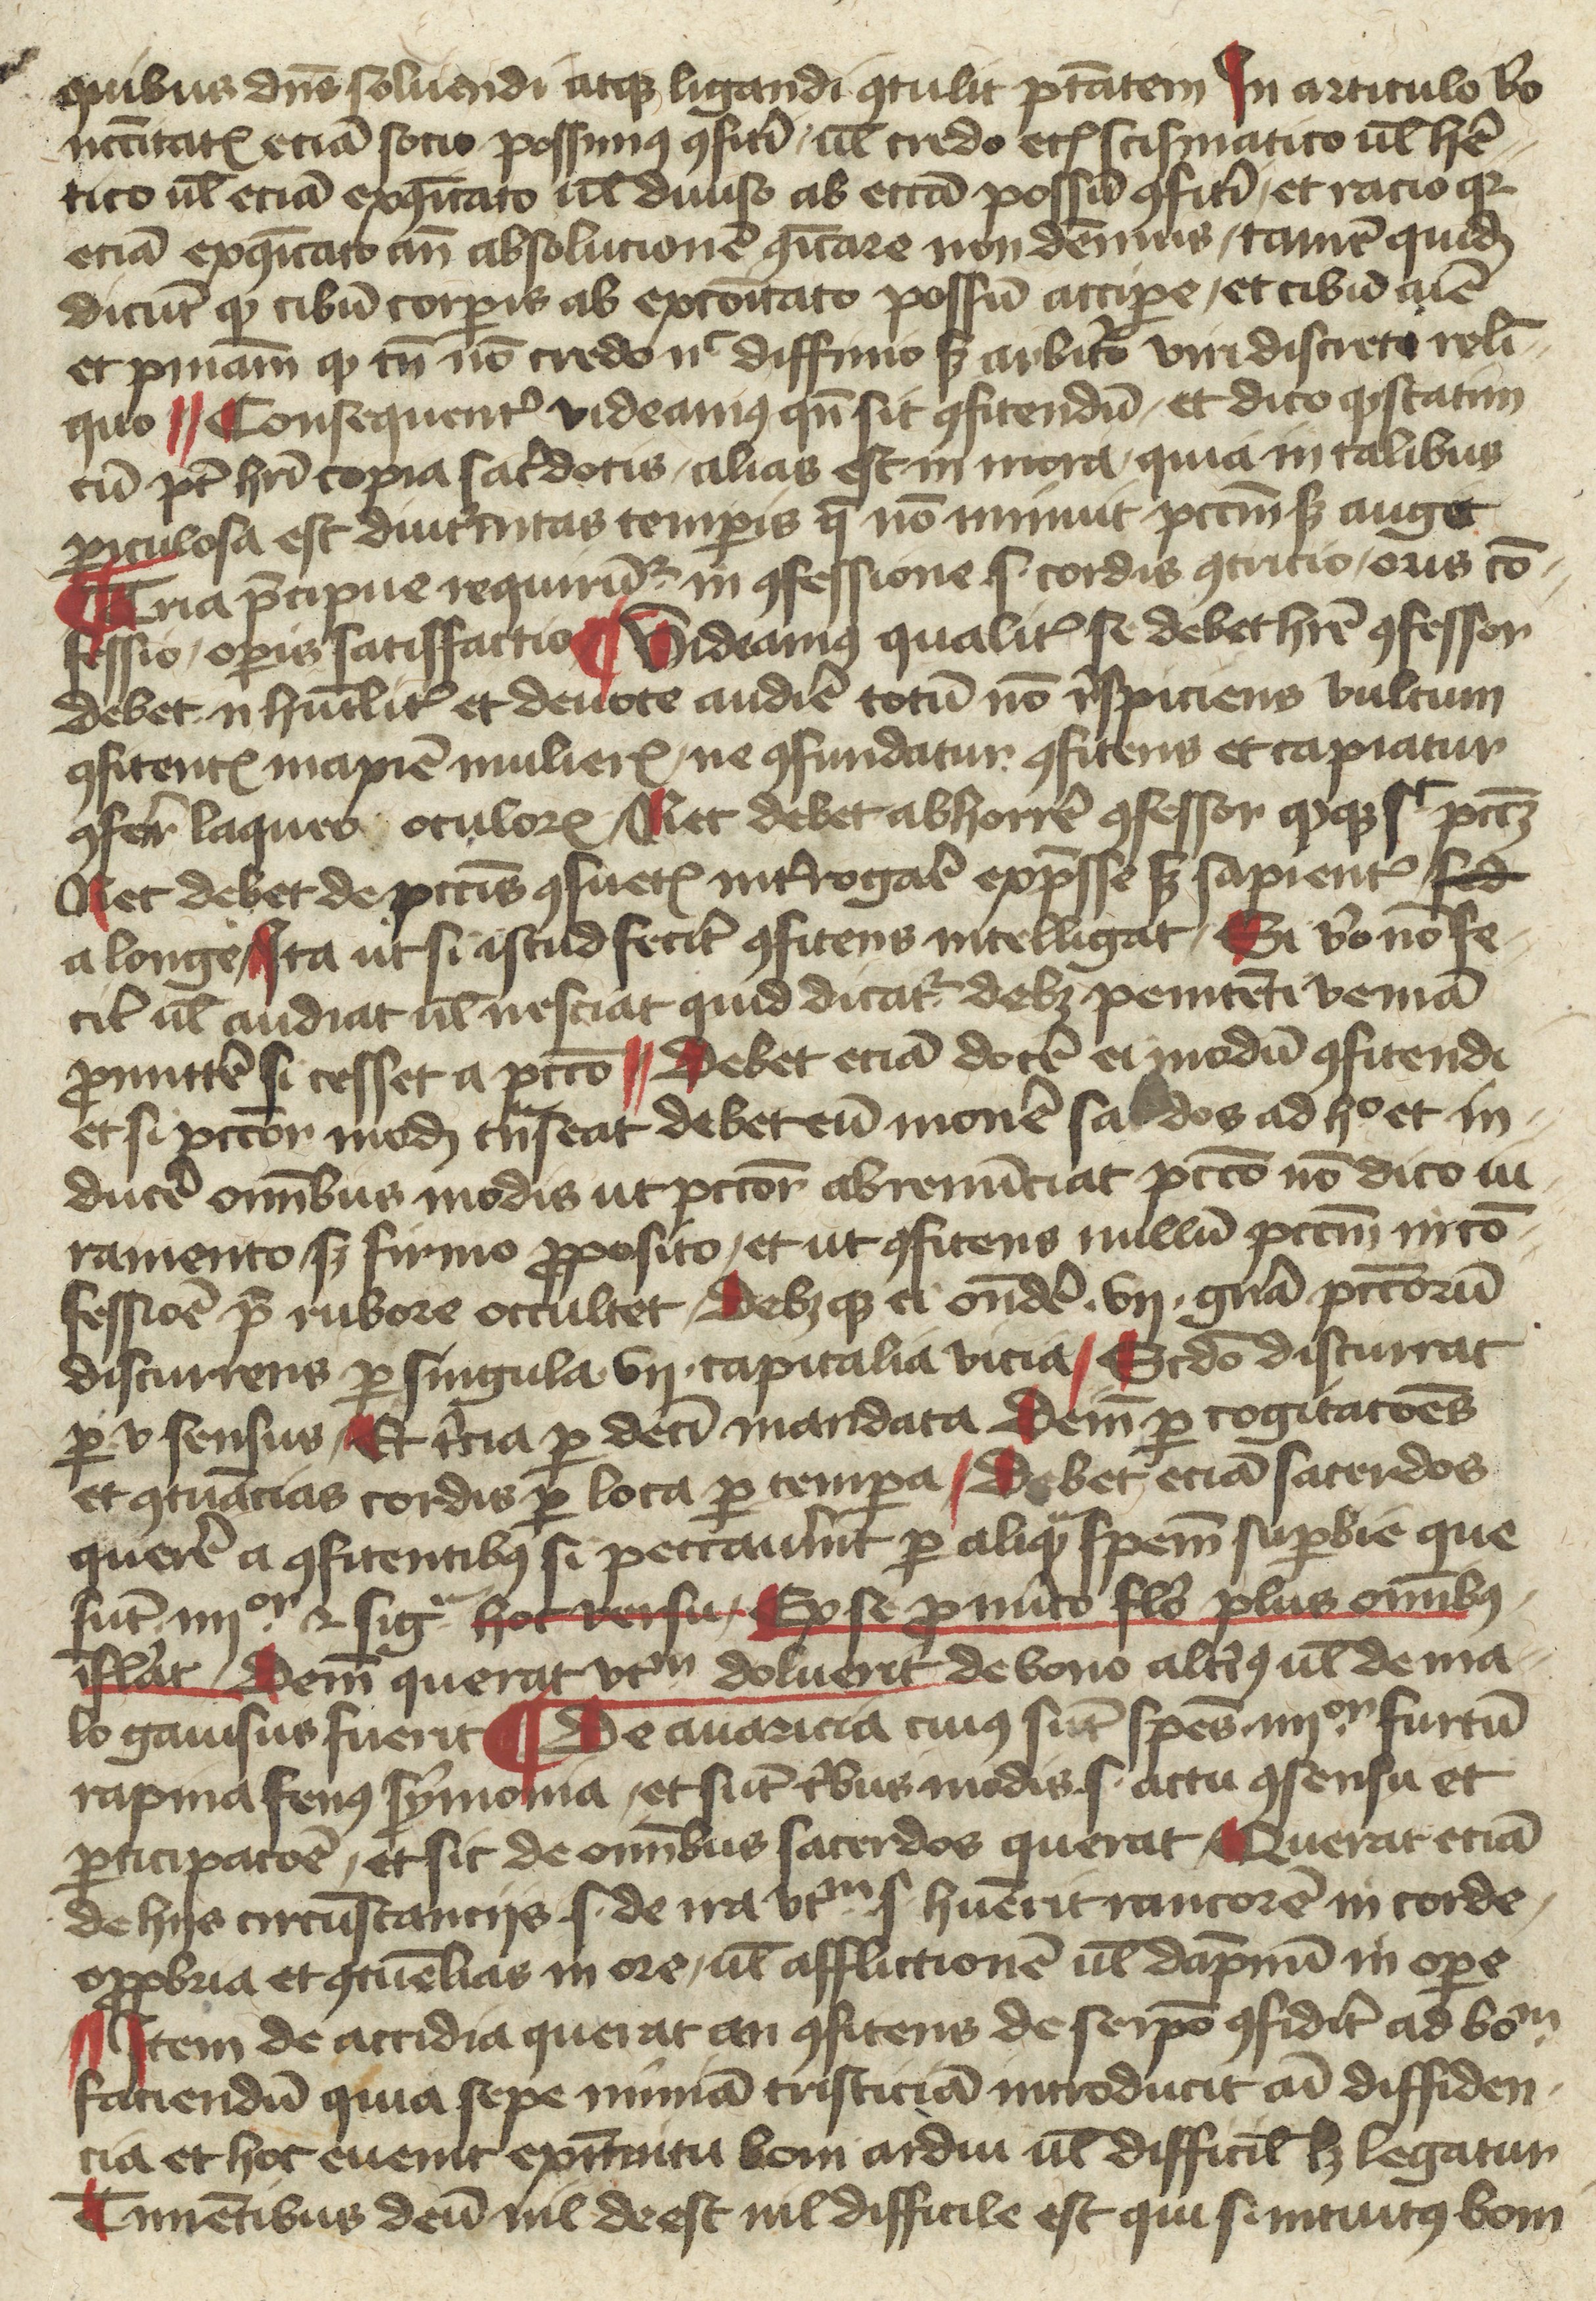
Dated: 1400–1430